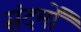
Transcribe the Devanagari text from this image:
संदर्मों